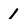
Character: 1